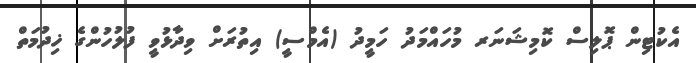
އެކުޓިން ޕޮލިސް ކޮމިޝަނަރ މުހައްމަދު ހަމީދު (އެމްސީ) އިތުރަށް ވިދާޅުވީ ފުލުހުންގެ ޚިދުމަތް